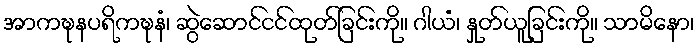
အာကဍ္ဎနပရိကဍ္ဎနံ၊ ဆွဲဆောင်ငင်ထုတ်ခြင်းကို။ ဂါယံ၊ နှုတ်ယူခြင်းကို။ သာမိနော၊